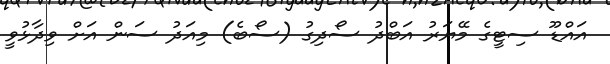
އައްޑޫ ސިޓީގެ މޭޔަރު އަބްދު ސޯދިގު (ސޯބެ) މިއަދު ސަން އަށް ވިދާޅުވީ